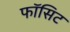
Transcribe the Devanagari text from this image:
फॉसिट